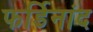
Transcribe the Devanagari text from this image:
फर्डिनांद